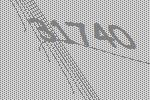
31740